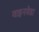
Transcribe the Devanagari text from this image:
वाइनवेडा